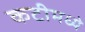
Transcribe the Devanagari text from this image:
कटीमध्ये